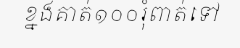
ខ្នងគាត់១០០រុំពាត់ទៅ